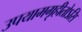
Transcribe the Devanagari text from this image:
उपयामगृहीतोऽसि